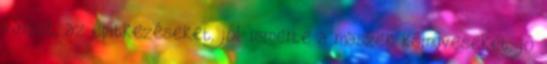
várost, az építkezéseket, jól ismerte a maszek kômûveseket, jó